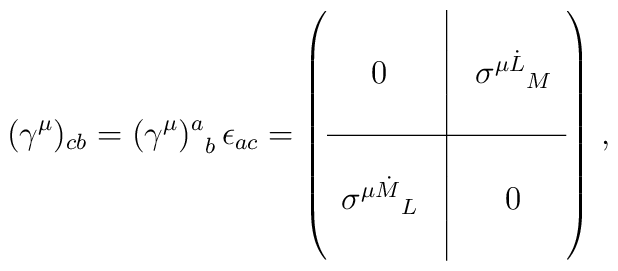
({\gamma^{\mu}})_{cb} = {(\gamma^{\mu})^a}_b \, \epsilon_{ac} =\left( \begin{array}{ccc} & \vline & \\ 0 & \vline &{\sigma^{\mu {\dot L}}}_M  \\ & \vline & \\ \hline &\vline & \\ {\sigma^{\mu \dot M}}_L & \vline &  0 \\ &\vline & \end{array} \right) \, ,